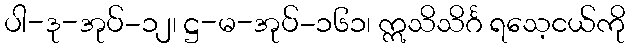
ပါ-ဒု-အုပ်-၁၂၊ ဋ္ဌ-မ-အုပ်-၁၆၁၊ ဣသိသိင်္ဂ ရသေ့ငယ်ကို